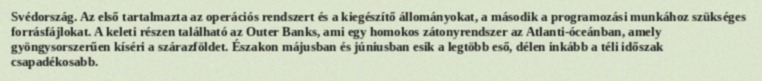
Svédország. Az első tartalmazta az operációs rendszert és a kiegészítő állományokat, a második a programozási munkához szükséges forrásfájlokat. A keleti részen található az Outer Banks, ami egy homokos zátonyrendszer az Atlanti-óceánban, amely gyöngysorszerűen kíséri a szárazföldet. Északon májusban és júniusban esik a legtöbb eső, délen inkább a téli időszak csapadékosabb.